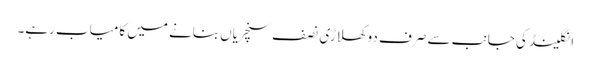
انگلینڈ کی جانب سے صرف دو کھلاڑی نصف سنچریاں بنانے میں کامیاب رہے۔